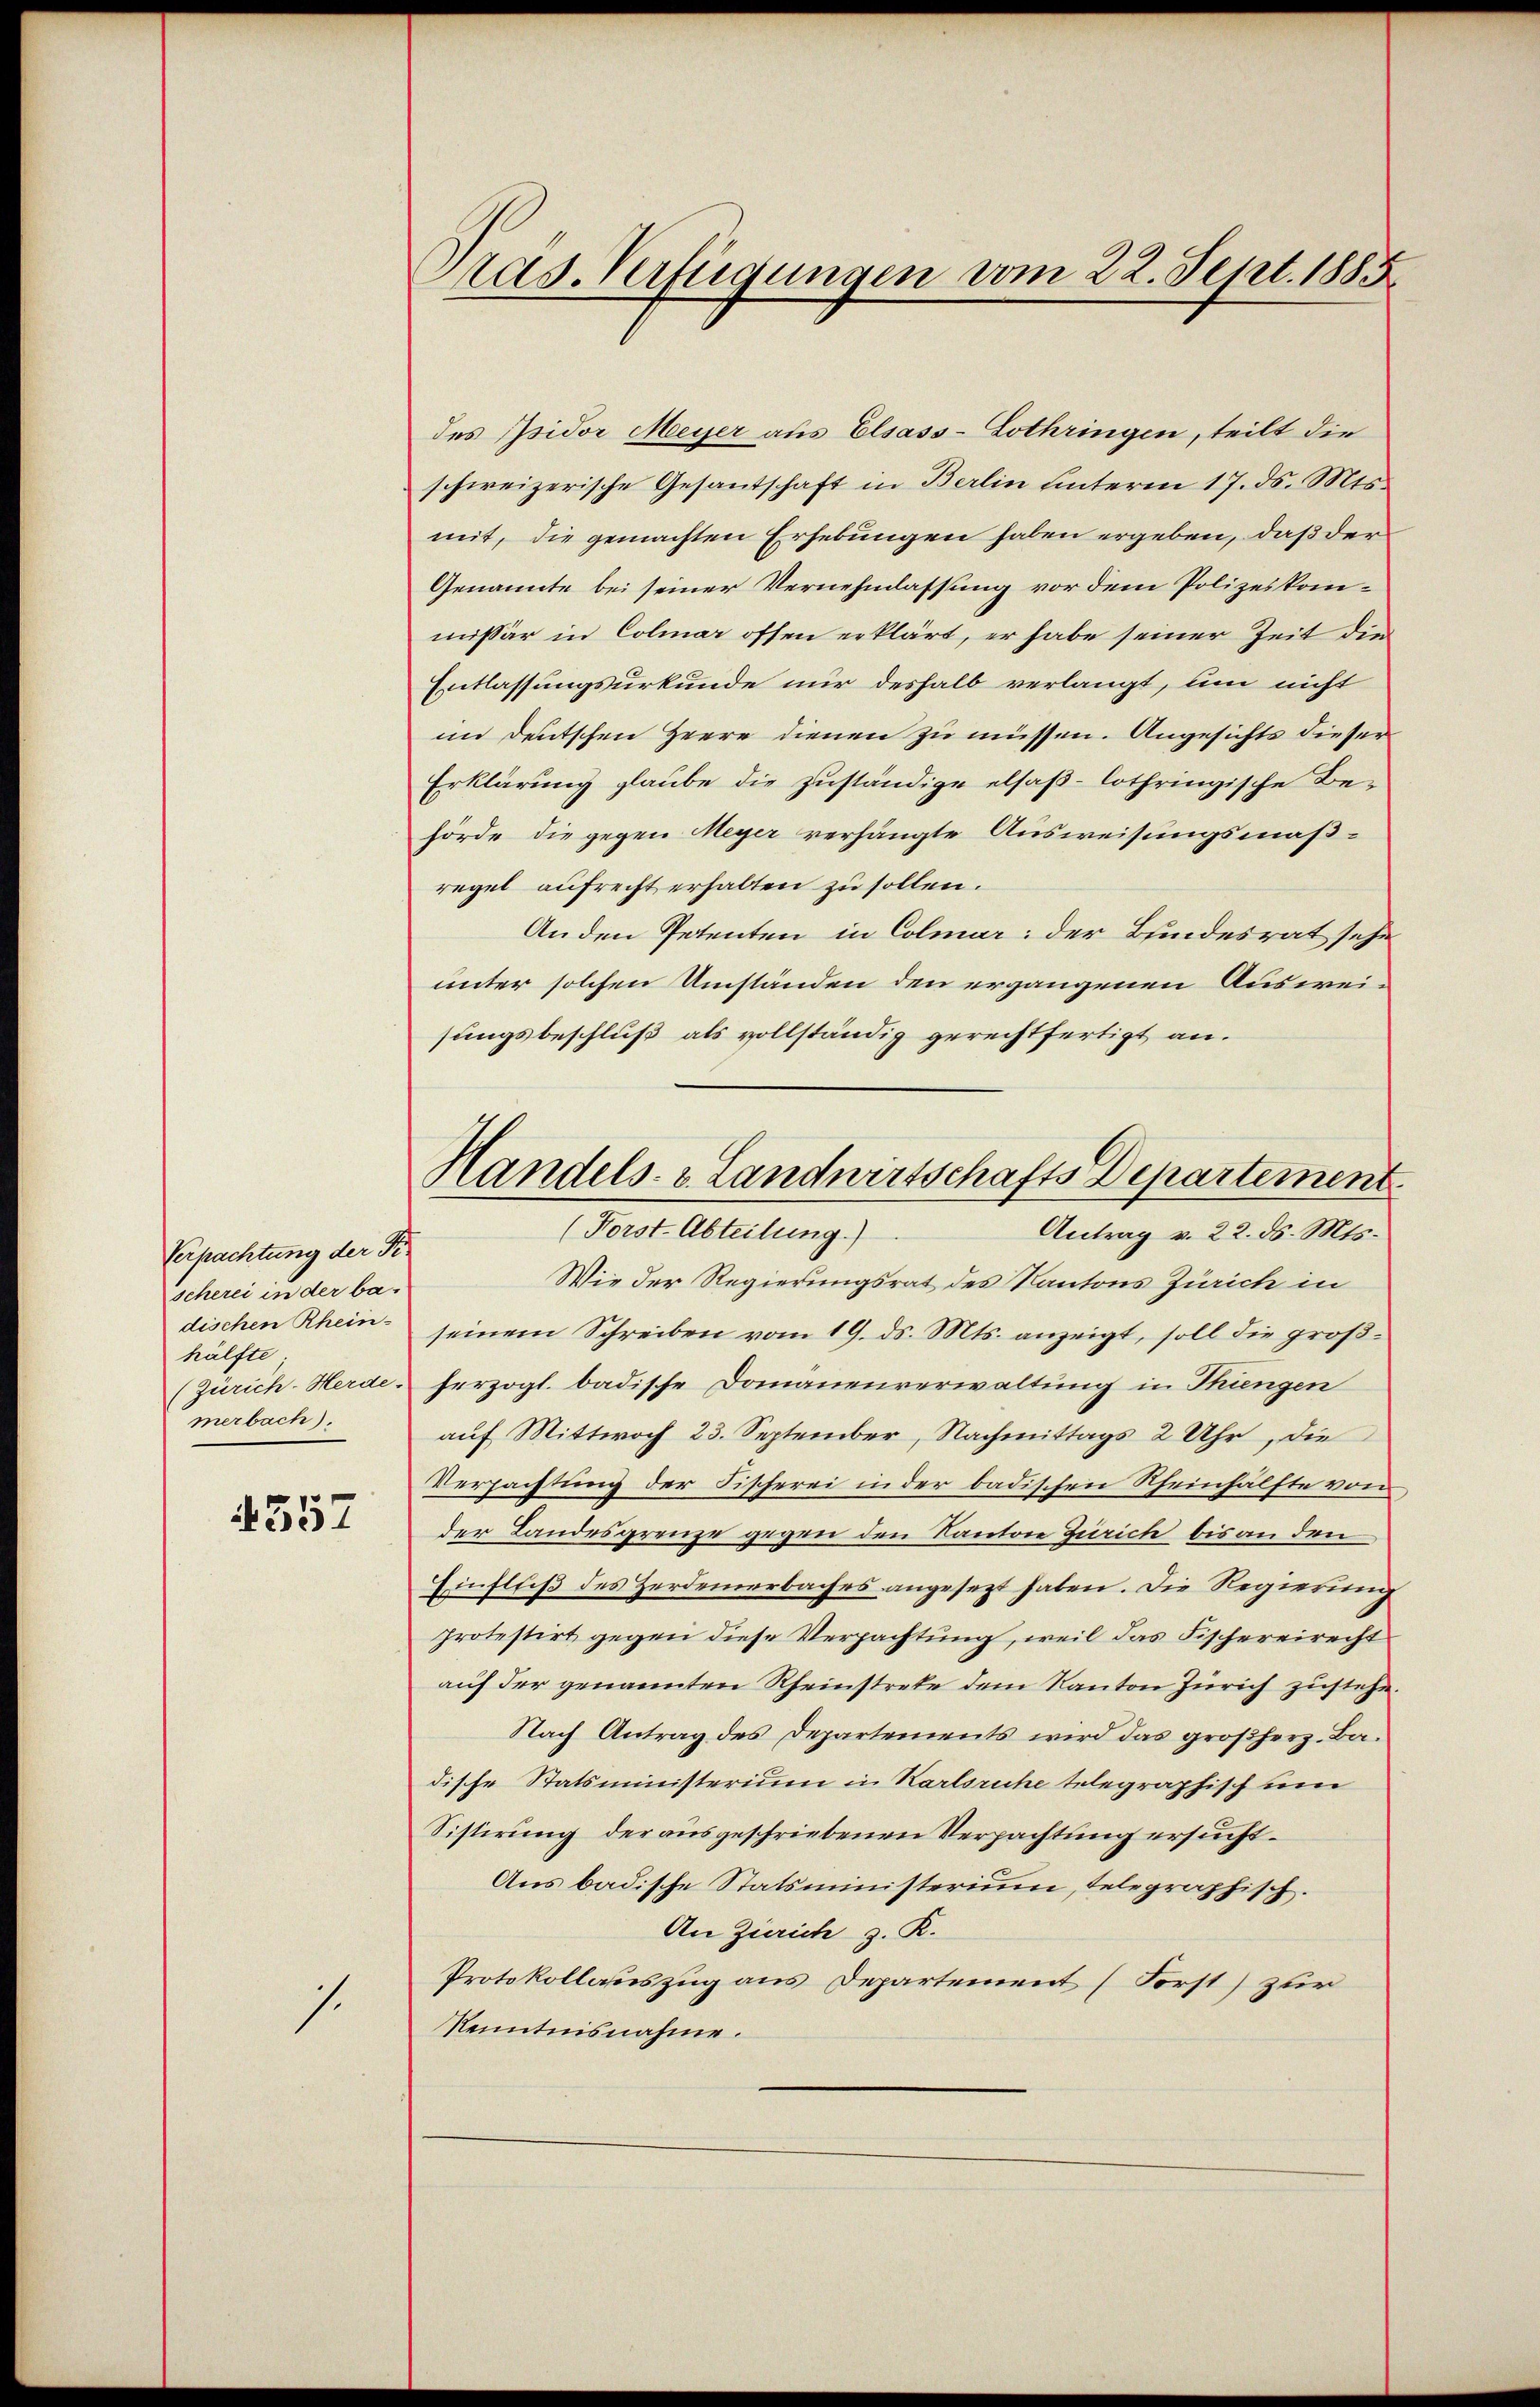
Verpachtung der Fischerei in der badischen Rheinhälfte
(Zürich. Herde.
merbach).

557

1.

Pras. Verfügungen vom 22. Sept. 1885

Handels- & Landwirtschafts Departement
(Forst-Abteilung.)
Antrag v. 22. ds. Mts.

des Isidor Meyer aus Elsass-Lothringen, teilt die
schweizerische Gesantschaft in Berlin unterm 17. ds. Mts.
mit, die gemachten Erhebungen haben ergeben, daß der
Genannte bei seiner Vernehmlassung vor dem Polizeikommissär in Colmar offen erklärt, er habe seiner Zeit die
Entlassungsurkunde nur deshalb verlangt, um nicht
im Deutschen Heere dienen zu müssen. Angesichts dieser
Erklärung glaube die zuständige elsaß-lothringische Behörde die gegen Meyer verhängte Ausweisungsmäß-
regel aufrecht erhalten zu sollen.
An den Petenten in Colmar: der Bundesrat sehe
unter solchen Umständen den ergangenen Ausweisungsbeschluß als vollständig gerechtfertigt an.
Wie der Regierungsrat des Kantons Zürich in
seinem Schreiben vom 19. ds. Mts. anzeigt, soll die großherzogl. badische Domänenverwaltung in Thungen
auf Mittwoch 23. September, Nachmittags 2 Uhr, die
Verpachtung der Fischerei in der badischen Rheinhälfte von
der Landesgrenze gegen den Kanton Zürich bis an den
Einfluß des Zerdemerbaches angesezt haben. Die Regierung
protestirt gegen diese Verpachtung, weil das Fischereirecht
auf der genannten Rheinstrete dem Kanton Zürich zustehe.
Nach Antrag des Departements wird das großherz. Badische Statsministerium in Karlsruhe telegraphisch um
Sistirung der ausgeschriebenen Verpachtung ersucht.
Aus badische Statsministerium, telegraphisch.
An Zürich z. K.
Protokollauszug aus Departement (Forst) zur
Kenntnisnahme.